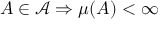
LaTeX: A \in { \mathcal { A } } \Rightarrow \mu ( A ) < \infty